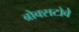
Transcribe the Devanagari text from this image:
ब्रोक्सटोवे